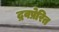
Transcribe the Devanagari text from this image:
द्रवप्रेरित